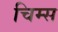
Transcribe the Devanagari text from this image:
चिम्स